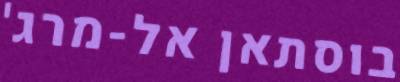
בוסתאן אל-מרג'